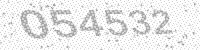
Solution: 054532